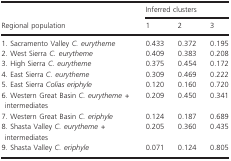
<table><thead><tr><td rowspan="2"><b>Regional population</b></td><td colspan="3"><b>Inferred clusters</b></td></tr><tr><td><b>1</b></td><td><b>2</b></td><td><b>3</b></td></tr></thead><tbody><tr><td>1. Sacramento Valley <i>C. eurytheme</i></td><td>0.433</td><td>0.372</td><td>0.195</td></tr><tr><td>2. West Sierra <i>C. eurytheme</i></td><td>0.409</td><td>0.383</td><td>0.208</td></tr><tr><td>3. High Sierra <i>C. eurytheme</i></td><td>0.375</td><td>0.454</td><td>0.172</td></tr><tr><td>4. East Sierra <i>C. eurytheme</i></td><td>0.309</td><td>0.469</td><td>0.222</td></tr><tr><td>5. East Sierra <i>Colias eriphyle</i></td><td>0.120</td><td>0.160</td><td>0.720</td></tr><tr><td>6. Western Great Basin <i>C. eurytheme + </i>intermediates</td><td>0.209</td><td>0.450</td><td>0.341</td></tr><tr><td>7. Western Great Basin <i>C. eriphyle</i></td><td>0.124</td><td>0.187</td><td>0.689</td></tr><tr><td>8. Shasta Valley <i>C. eurytheme + </i>intermediates</td><td>0.205</td><td>0.360</td><td>0.435</td></tr><tr><td>9. Shasta Valley <i>C. eriphyle</i></td><td>0.071</td><td>0.124</td><td>0.805</td></tr></tbody></table>